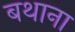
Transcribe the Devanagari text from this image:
बथाना